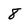
Character: 8